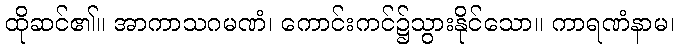
ထိုဆင်၏။ အာကာသဂမဏံ၊ ကောင်းကင်၌သွားနိုင်သော။ ကာရဏံနာမ၊